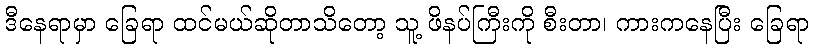
ဒီနေရာမှာ ခြေရာ ထင်မယ်ဆိုတာသိတော့ သူ့ ဖိနပ်ကြီးကို စီးတာ၊ ကားကနေပြီး ခြေရာ